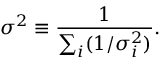
\sigma ^ { 2 } \equiv \frac { 1 } { \sum _ { i } ( 1 / \sigma _ { i } ^ { 2 } ) } .